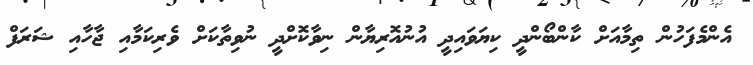
އެންމެފަހުން ތިމާއަށް ކާންބޯންދީ ކިޔަވައިދީ އުނުއޮރިޔާން ނިވާކޮށްދީ ނުވިތާކަށް ވެރިކަމާއި ޖާހާއި ޝަރަފް